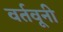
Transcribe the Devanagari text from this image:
वर्तवूनी